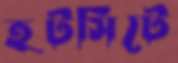
হটসিটে